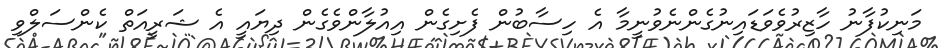
މަނިކުފާނު ހާޒިރުވެވަޑައިނުގެންނެވުނީމާ އެ ހިސާބުން ފެށިގެން އިއުލާންވެގެން ދިޔައީ އެ ޝަރީއަތް ކެންސަލްވި